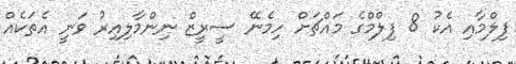
ފިލްމާއި އެކު 8 ފިލްމްގެ މައްޗަށް ހިމެނޭ ސީރީޒް ނިންމާލިއިރު ވަނީ އެތަކެއް